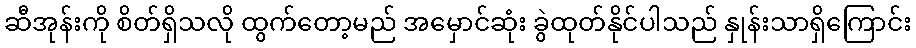
ဆီအုန်းကို စိတ်ရှိသလို ထွက်တော့မည် အမှောင်ဆုံး ခွဲထုတ်နိုင်ပါသည် နှုန်းသာရှိကြောင်း